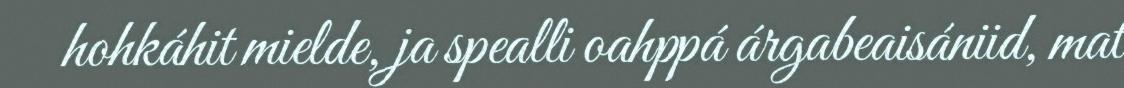
hohkáhit mielde, ja spealli oahppá árgabeaisániid, mat